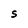
Character: S